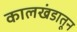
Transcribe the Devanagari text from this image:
कालखंडातून